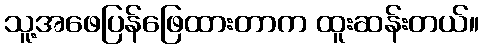
သူ့အဖေပြန်ဖြေထားတာက ထူးဆန်းတယ်။